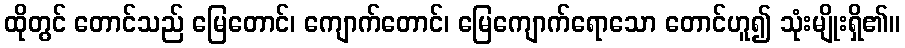
ထိုတွင် တောင်သည် မြေတောင်၊ ကျောက်တောင်၊ မြေကျောက်ရောသော တောင်ဟူ၍ သုံးမျိုးရှိ၏။